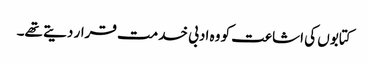
کتابوں کی اشاعت کو وہ ادبی خدمت قرار دیتے تھے۔